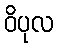
ဝိပုလ